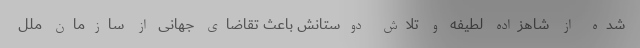
شده از شاهزاده لطیفه و تلاش‌ دوستانش باعث تقاضای جهانی از سازمان ملل